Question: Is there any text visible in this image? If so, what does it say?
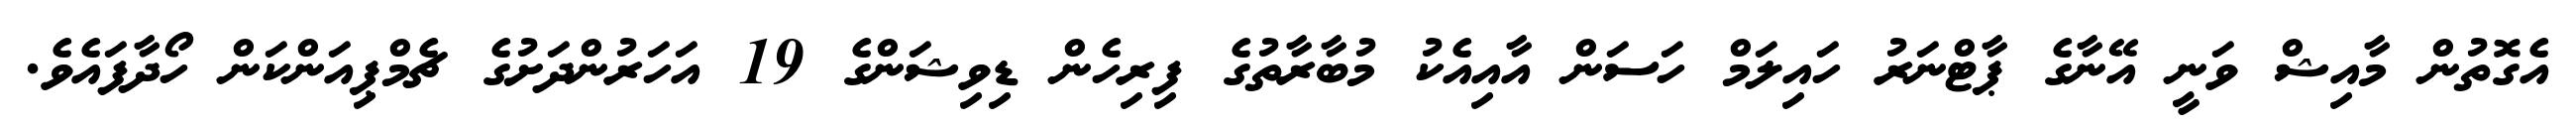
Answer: އެގޮތުން މާއިޝް ވަނީ އޭނާގެ ޕާޓްނަރު ހައިލަމް ހަސަން އާއިއެކު މުބާރާތުގެ ފިރިހެން ޑިވިޝަންގެ 19 އަހަރުންދަށުގެ ޗެމްޕިއަންކަން ހޯދާފައެވެ.